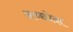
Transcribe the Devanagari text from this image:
अच्छोदा